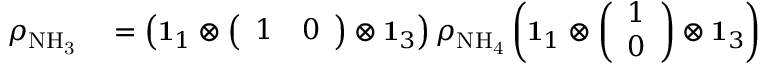
\begin{array} { r l } { \rho _ { \mathrm { N H _ { 3 } } } } & { { } = \left( \mathbf { 1 } _ { 1 } \otimes \left( \begin{array} { l l } { 1 } & { 0 } \end{array} \right) \otimes \mathbf { 1 } _ { 3 } \right) \rho _ { \mathrm { N H _ { 4 } } } \left( \mathbf { 1 } _ { 1 } \otimes \left( \begin{array} { l } { 1 } \\ { 0 } \end{array} \right) \otimes \mathbf { 1 } _ { 3 } \right) } \end{array}